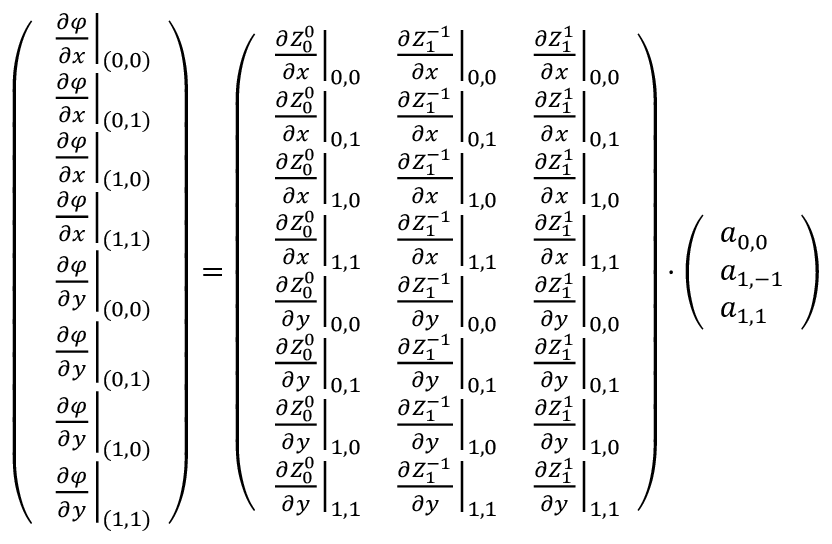
\left( \begin{array} { l } { \left. \frac { \partial \varphi } { \partial x } \right| _ { ( 0 , 0 ) } } \\ { \left. \frac { \partial \varphi } { \partial x } \right| _ { ( 0 , 1 ) } } \\ { \left. \frac { \partial \varphi } { \partial x } \right| _ { ( 1 , 0 ) } } \\ { \left. \frac { \partial \varphi } { \partial x } \right| _ { ( 1 , 1 ) } } \\ { \left. \frac { \partial \varphi } { \partial y } \right| _ { ( 0 , 0 ) } } \\ { \left. \frac { \partial \varphi } { \partial y } \right| _ { ( 0 , 1 ) } } \\ { \left. \frac { \partial \varphi } { \partial y } \right| _ { ( 1 , 0 ) } } \\ { \left. \frac { \partial \varphi } { \partial y } \right| _ { ( 1 , 1 ) } } \end{array} \right) = \left( \begin{array} { l l l } { \frac { \partial Z _ { 0 } ^ { 0 } } { \partial x } \Big | _ { 0 , 0 } } & { \frac { \partial Z _ { 1 } ^ { - 1 } } { \partial x } \Big | _ { 0 , 0 } } & { \frac { \partial Z _ { 1 } ^ { 1 } } { \partial x } \Big | _ { 0 , 0 } } \\ { \frac { \partial Z _ { 0 } ^ { 0 } } { \partial x } \Big | _ { 0 , 1 } } & { \frac { \partial Z _ { 1 } ^ { - 1 } } { \partial x } \Big | _ { 0 , 1 } } & { \frac { \partial Z _ { 1 } ^ { 1 } } { \partial x } \Big | _ { 0 , 1 } } \\ { \frac { \partial Z _ { 0 } ^ { 0 } } { \partial x } \Big | _ { 1 , 0 } } & { \frac { \partial Z _ { 1 } ^ { - 1 } } { \partial x } \Big | _ { 1 , 0 } } & { \frac { \partial Z _ { 1 } ^ { 1 } } { \partial x } \Big | _ { 1 , 0 } } \\ { \frac { \partial Z _ { 0 } ^ { 0 } } { \partial x } \Big | _ { 1 , 1 } } & { \frac { \partial Z _ { 1 } ^ { - 1 } } { \partial x } \Big | _ { 1 , 1 } } & { \frac { \partial Z _ { 1 } ^ { 1 } } { \partial x } \Big | _ { 1 , 1 } } \\ { \frac { \partial Z _ { 0 } ^ { 0 } } { \partial y } \Big | _ { 0 , 0 } } & { \frac { \partial Z _ { 1 } ^ { - 1 } } { \partial y } \Big | _ { 0 , 0 } } & { \frac { \partial Z _ { 1 } ^ { 1 } } { \partial y } \Big | _ { 0 , 0 } } \\ { \frac { \partial Z _ { 0 } ^ { 0 } } { \partial y } \Big | _ { 0 , 1 } } & { \frac { \partial Z _ { 1 } ^ { - 1 } } { \partial y } \Big | _ { 0 , 1 } } & { \frac { \partial Z _ { 1 } ^ { 1 } } { \partial y } \Big | _ { 0 , 1 } } \\ { \frac { \partial Z _ { 0 } ^ { 0 } } { \partial y } \Big | _ { 1 , 0 } } & { \frac { \partial Z _ { 1 } ^ { - 1 } } { \partial y } \Big | _ { 1 , 0 } } & { \frac { \partial Z _ { 1 } ^ { 1 } } { \partial y } \Big | _ { 1 , 0 } } \\ { \frac { \partial Z _ { 0 } ^ { 0 } } { \partial y } \Big | _ { 1 , 1 } } & { \frac { \partial Z _ { 1 } ^ { - 1 } } { \partial y } \Big | _ { 1 , 1 } } & { \frac { \partial Z _ { 1 } ^ { 1 } } { \partial y } \Big | _ { 1 , 1 } } \end{array} \right) \cdot \left( \begin{array} { l } { a _ { 0 , 0 } } \\ { a _ { 1 , - 1 } } \\ { a _ { 1 , 1 } } \end{array} \right)